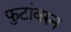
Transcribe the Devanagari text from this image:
फुटांवरुन